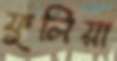
ফুলিয়া